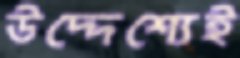
উদ্দেশ্যেই